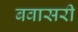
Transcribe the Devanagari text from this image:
बवासरी